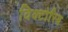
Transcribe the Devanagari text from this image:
विक्टोरिय